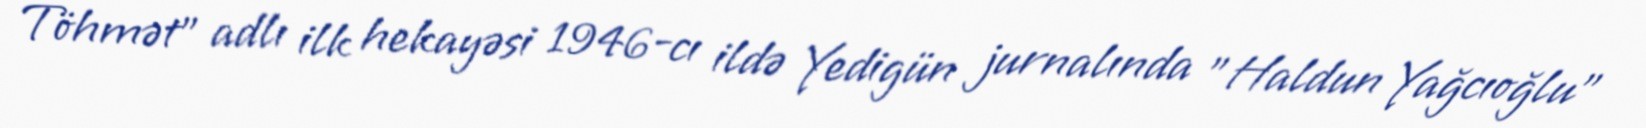
Töhmət" adlı ilk hekayəsi 1946-cı ildə Yedigün jurnalında "Haldun Yağcıoğlu"